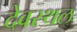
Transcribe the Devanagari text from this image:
देवस्थल